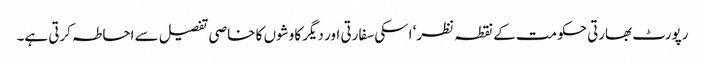
رپورٹ بھارتی حکومت کے نقطہ نظر‘ اسکی سفارتی اور دیگر کاوشوں کا خاصی تفصیل سے احاطہ کرتی ہے۔